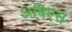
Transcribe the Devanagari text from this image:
अबिएस